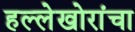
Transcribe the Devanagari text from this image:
हल्लेखोरांचा